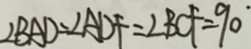
\angle B A D = \angle A D F = \angle B C F = 9 0 ^ { . }